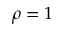
\rho = 1